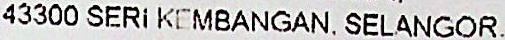
43300 SERI KEMBANGAN, SELANGOR,